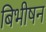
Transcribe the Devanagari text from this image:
बिभीषन